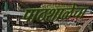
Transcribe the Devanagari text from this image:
पाठशाळेचा